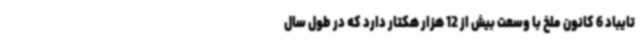
تایباد 6 کانون ملخ با وسعت بیش از 12 هزار هکتار دارد که در طول سال